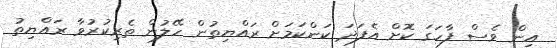
އިން ވެސް ފާހަގަ ކޮށް އެފަދަ ކަންކަމަށް ރައްޔިތުން ހޭލުން ތެރިކުރުވާ ރައްޔިތު